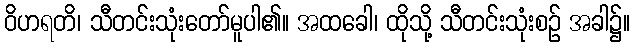
ဝိဟရတိ၊ သီတင်းသုံးတော်မူပါ၏။ အထခေါ၊ ထိုသို့ သီတင်းသုံးစဉ် အခါ၌။